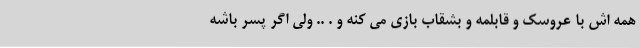
همه اش با عروسک و قابلمه و بشقاب بازی می کنه و . .. ولی اگر پسر باشه